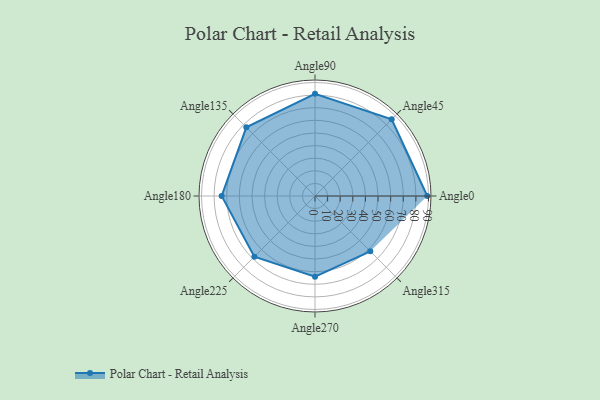
{"axis": {"x": "Angle", "y": "Radius"}, "legend": [""], "data": [{"x": "Angle0", "y": 89.0, "type": ""}, {"x": "Angle45", "y": 86.0, "type": ""}, {"x": "Angle90", "y": 81.0, "type": ""}, {"x": "Angle135", "y": 77.0, "type": ""}, {"x": "Angle180", "y": 74.0, "type": ""}, {"x": "Angle225", "y": 68.0, "type": ""}, {"x": "Angle270", "y": 64.0, "type": ""}, {"x": "Angle315", "y": 62.0, "type": ""}]}